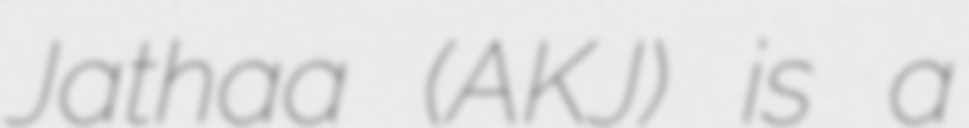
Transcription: Jathaa (AKJ) is a